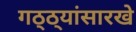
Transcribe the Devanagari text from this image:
गठ्ठ्यांसारखे